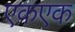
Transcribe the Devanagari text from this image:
एकएक